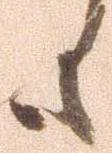
も